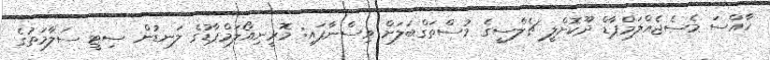
ހާއްސަ މެސެޖެއްލަމްޕާޑް ދޫކޮށްލީ ޗެލްސީގެ މުސްތަގްބަލަށް ވިސްނާފައި: މޮރީނިއޯލަމްޕާޑުގެ ލަނޑުން ސިޓީ ސަލާމަތުގެ